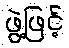
ဖွဲ့ဖြင့်